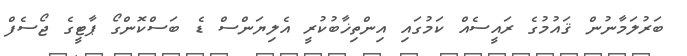
ބަރުލަމާނުން ޤައުމުގެ ރައީސެއް ކަމުގައި އިންތިޚާބުކުރީ އެލިޔަންސް ޑެ ބަސްކޮންގޯ ޕާޓީގެ ޖޯސެފް